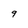
Character: 9